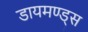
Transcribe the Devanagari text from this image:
डायमण्ड्स